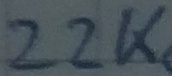
Text: 22K